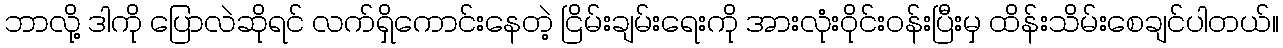
ဘာလို့ ဒါကို ပြောလဲဆိုရင် လက်ရှိကောင်းနေတဲ့ ငြိမ်းချမ်းရေးကို အားလုံးဝိုင်းဝန်းပြီးမှ ထိန်းသိမ်းစေချင်ပါတယ်။